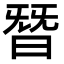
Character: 朁